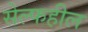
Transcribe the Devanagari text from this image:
सेल्फहील